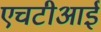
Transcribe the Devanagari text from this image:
एचटीआई